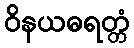
ဝိနယဓရတ္တံ